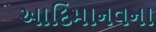
આદિમાનવના